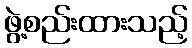
ဖွဲ့စည်းထားသည့်